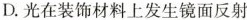
D.光在装饰材料上发生镜面反射